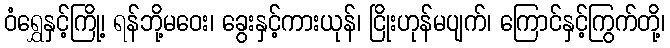
ဝံရွှေနှင့်ကြို့၊ ရန်ဘို့မဝေး၊ ခွေးနှင့်ကားယုန်၊ ငြိုးဟုန်မပျက်၊ ကြောင်နှင့်ကြွက်တို့၊